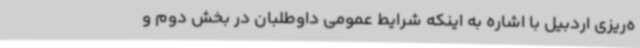
ه‌ریزی اردبیل با اشاره به اینکه شرایط عمومی داوطلبان در بخش دوم و